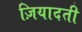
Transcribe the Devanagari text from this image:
ज़ियादती